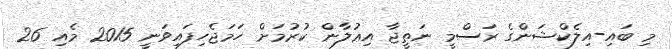
މި ބައި-އިލެކްޝަންގެ ރަސްމީ ނަތީޖާ އިޢުލާން ކުރުމަށް ހަމަޖެހިފައިވަނީ 2015 މެއި 26